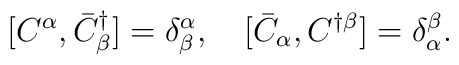
[C^\alpha,\bar{C}^\dagger_\beta]=\delta^\alpha_\beta,\quad[\bar{C}_\alpha,C^{\dagger\beta}]=\delta_\alpha^\beta.